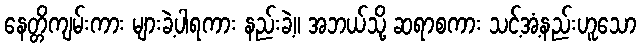
နေတ္တိကျမ်းကား များခဲ့ပါရကား နည်းခဲ့။ အဘယ်သို့ ဆရာစကား သင့်အံ့နည်းဟူသော